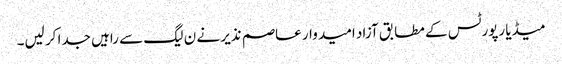
میڈیا رپورٹس کے مطابق آزاد امید وار عاصم نذیر نے ن لیگ سے راہیں جدا کر لیں۔